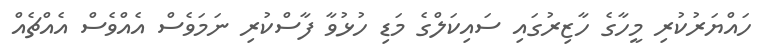
ހައްޔަރުކުރި މީހާގެ ހާޒިރުގައި ސައިކަލްގެ މަޑި ހުޅުވާ ފާސްކުރި ނަމަވެސް އެއްވެސް އެއްޗެއް